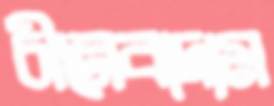
চীনেবাদাম